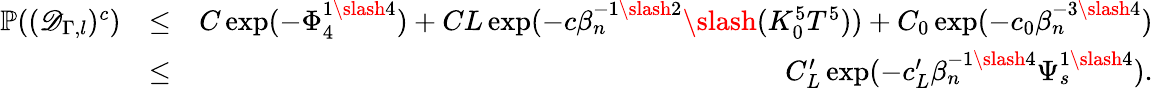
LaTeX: \begin{array}{rlr}{\mathbb{P}((\mathscr{D}_{\Gamma,l})^{c})}&{\leq}&{C\exp(-\Phi_{4}^{1\slash 4})+CL\exp(-c\beta_{n}^{-1\slash 2}\slash(K_{0}^{5}T^{5}))+C_{0}\exp(-c_{0}\beta_{n}^{-3\slash 4})}\\ &{\leq}&{C_{L}^{\prime}\exp(-c_{L}^{\prime}\beta_{n}^{-1\slash 4}\Psi_{s}^{1\slash 4}).}\end{array}